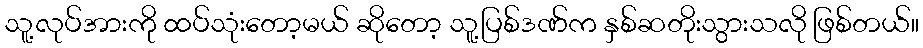
သူ့လုပ်အားကို ထပ်သုံးတော့မယ် ဆိုတော့ သူ့ပြစ်ဒဏ်က နှစ်ဆတိုးသွားသလို ဖြစ်တယ်။